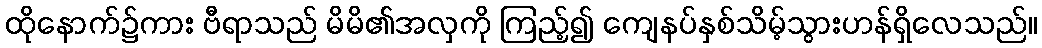
ထိုနောက်၌ကား ဗီရာသည် မိမိ၏အလှကို ကြည့်၍ ကျေနပ်နှစ်သိမ့်သွားဟန်ရှိလေသည်။